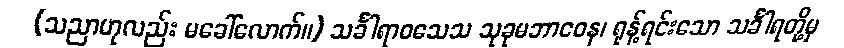
(သညာဟုလည်း မခေါ်လောက်။) သင်္ခါရာဝသေသ သုခုမဘာဝေန၊ ရုန့်ရင်းသော သင်္ခါရတို့မှ